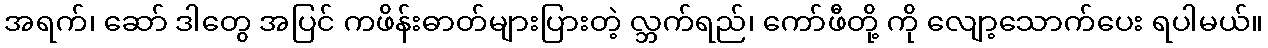
အရက်၊ ဆော် ဒါတွေ အပြင် ကဖိန်းဓာတ်များပြားတဲ့ လ္ဘက်ရည်၊ ကော်ဖီတို့ ကို လျော့သောက်ပေး ရပါမယ်။